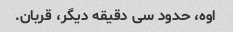
اوه، حدود سی دقیقه دیگر، قربان.